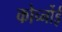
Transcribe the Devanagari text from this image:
कोर्च्नोई